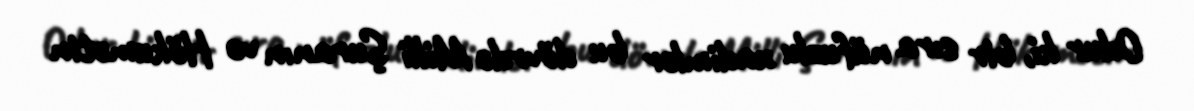
Odur ki, bir sıra nüfuzlu xadimlər bu dövrdə Milli Şuranın və Hökumətin